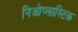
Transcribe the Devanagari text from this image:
निओप्लास्टिक